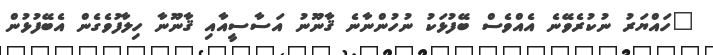
"ހައްޔަރު ނުކުރެވޭނެ އެއްވެސް ބޭފުޅަކު ނުހުންނާނެ ޤާނޫނު އަސާސީއާއި ޤާނޫނާ ހިލާފުވެގެން އެބޭފުޅުން